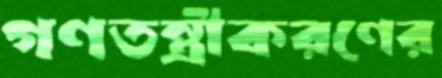
গণতন্ত্রীকরণের